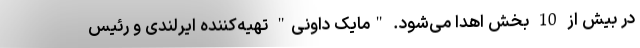
در بیش از 10 بخش اهدا می‌شود. "مایک داونی" تهیه‌کننده ایرلندی و رئیس